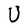
Character: U